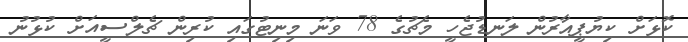
ކޮޅަށް ކިޔުޕީއާރުން ލަނޑުޖެހީ މެޗުގެ 78 ވަނަ މިނިޓުގައި ކުރިން ޗެލްސީއަށް ކުޅުނު